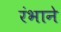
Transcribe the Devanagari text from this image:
रंभाने